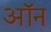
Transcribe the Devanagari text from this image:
अॉन